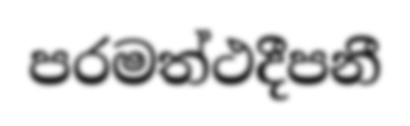
පරමත්ථදීපනී